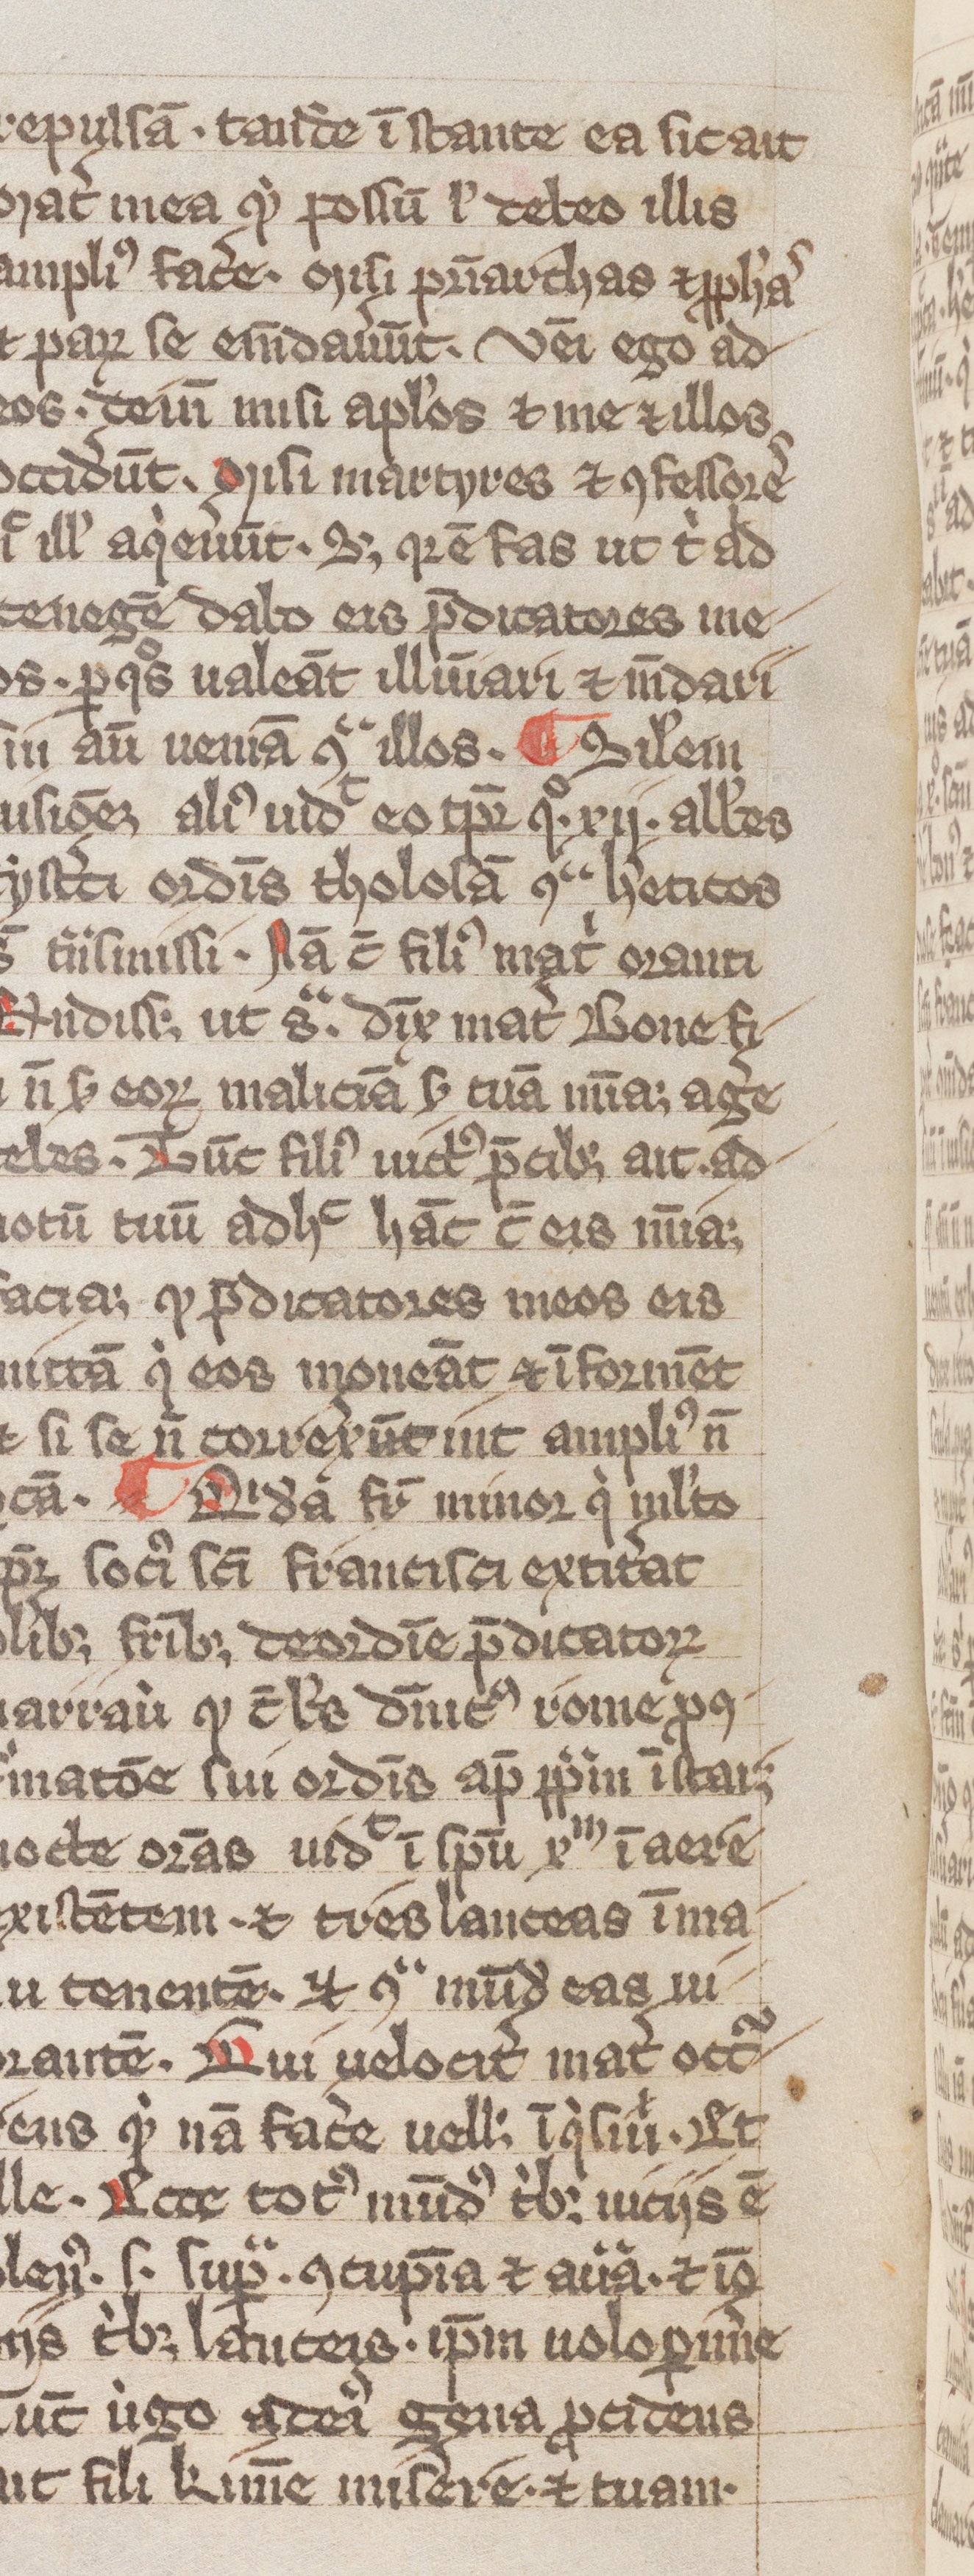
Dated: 1300–1399